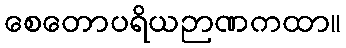
စေတောပရိယဉာဏကထာ။